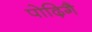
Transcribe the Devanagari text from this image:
पोढ़िगै